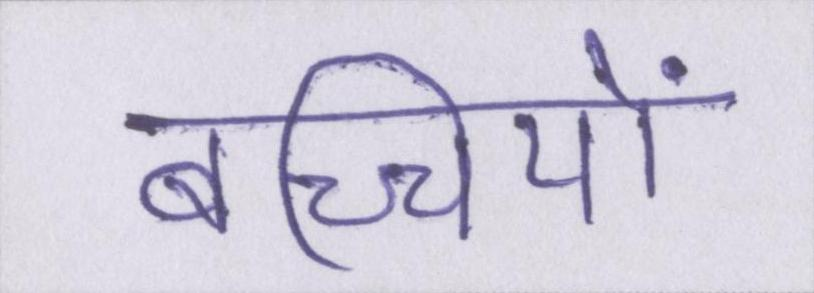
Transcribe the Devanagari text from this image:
बच्चियों